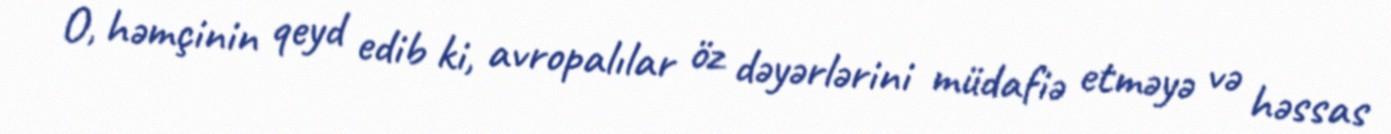
O, həmçinin qeyd edib ki, avropalılar öz dəyərlərini müdafiə etməyə və həssas